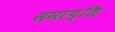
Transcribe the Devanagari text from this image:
समाप्‍ति